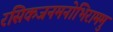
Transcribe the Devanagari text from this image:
रसिकजनमनोभिराममु